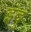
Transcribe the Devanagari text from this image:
इंदु